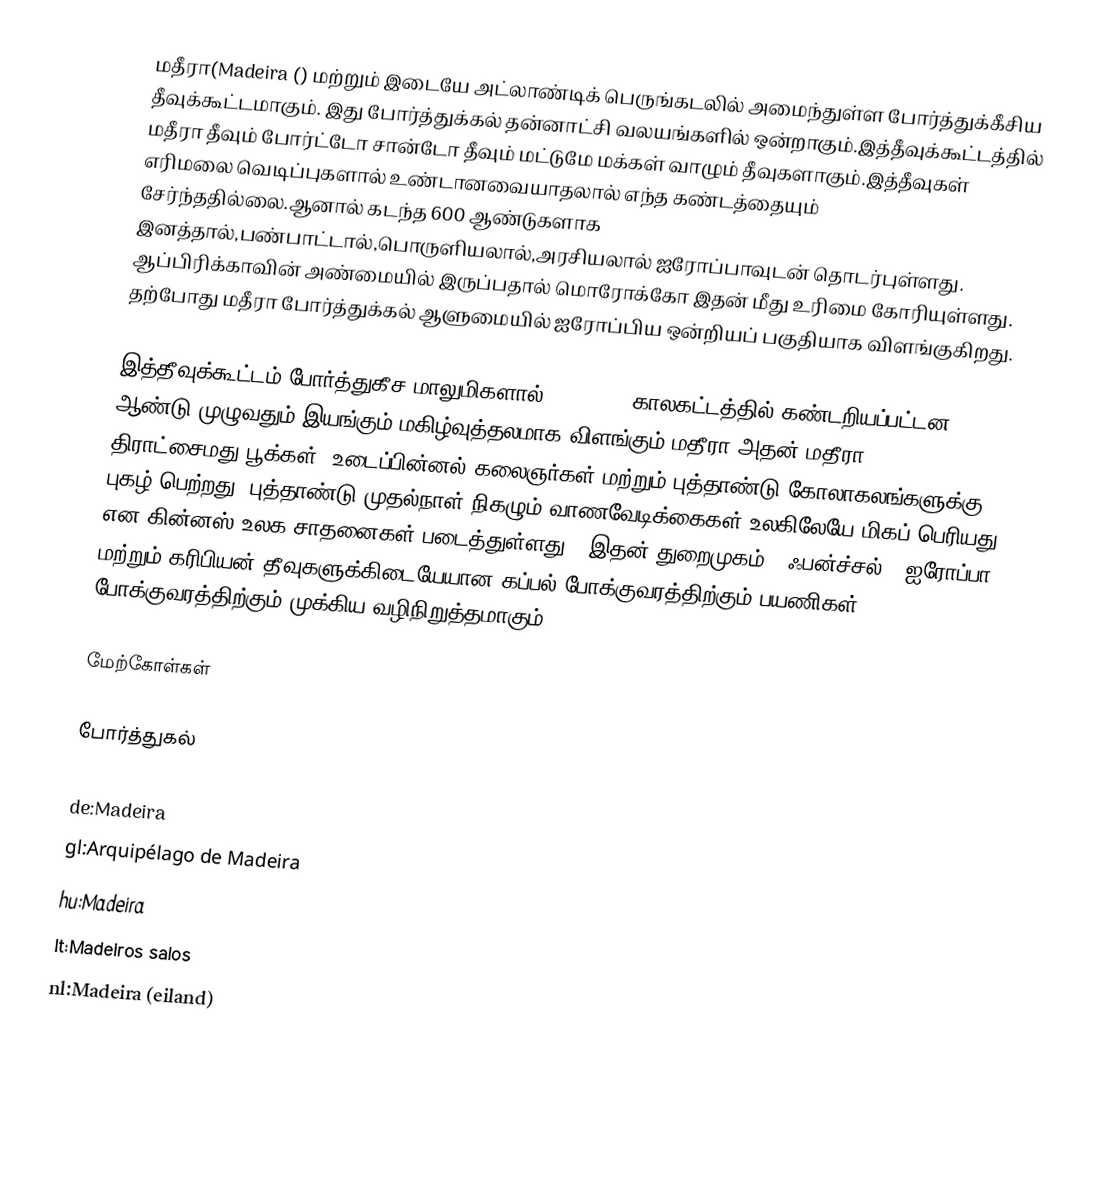
மதீரா(Madeira ()  மற்றும்  இடையே அட்லாண்டிக் பெருங்கடலில் அமைந்துள்ள போர்த்துக்கீசிய தீவுக்கூட்டமாகும். இது போர்த்துக்கல் தன்னாட்சி வலயங்களில் ஒன்றாகும்.இத்தீவுக்கூட்டத்தில் மதீரா தீவும் போர்ட்டோ சான்டோ தீவும் மட்டுமே மக்கள் வாழும் தீவுகளாகும்.இத்தீவுகள் எரிமலை வெடிப்புகளால் உண்டானவையாதலால் எந்த கண்டத்தையும் சேர்ந்ததில்லை.ஆனால் கடந்த 600 ஆண்டுகளாக இனத்தால்,பண்பாட்டால்,பொருளியலால்,அரசியலால் ஐரோப்பாவுடன் தொடர்புள்ளது. ஆப்பிரிக்காவின் அண்மையில் இருப்பதால் மொரோக்கோ இதன் மீது உரிமை கோரியுள்ளது. தற்போது மதீரா போர்த்துக்கல் ஆளுமையில் ஐரோப்பிய ஒன்றியப் பகுதியாக விளங்குகிறது.

இத்தீவுக்கூட்டம் போர்த்துகீச மாலுமிகளால் 1418-1420 காலகட்டத்தில் கண்டறியப்பட்டன. ஆண்டு முழுவதும் இயங்கும் மகிழ்வுத்தலமாக விளங்கும் மதீரா அதன் மதீரா திராட்சைமது,பூக்கள், உடைப்பின்னல் கலைஞர்கள் மற்றும் புத்தாண்டு கோலாகலங்களுக்கு புகழ் பெற்றது. புத்தாண்டு முதல்நாள் நிகழும் வாணவேடிக்கைகள் உலகிலேயே மிகப் பெரியது என கின்னஸ் உலக சாதனைகள் படைத்துள்ளது.. இதன் துறைமுகம் – ஃபன்ச்சல் – ஐரோப்பா மற்றும் கரிபியன் தீவுகளுக்கிடையேயான கப்பல் போக்குவரத்திற்கும் பயணிகள் போக்குவரத்திற்கும் முக்கிய வழிநிறுத்தமாகும்.

மேற்கோள்கள்

போர்த்துகல்

de:Madeira
gl:Arquipélago de Madeira
hu:Madeira
lt:Madeiros salos
nl:Madeira (eiland)